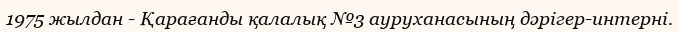
1975 жылдан - Қарағанды қалалық №3 ауруханасының дәрігер-интерні.